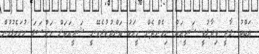
ޢަބްދު ގާޒީ ވިދާޅުވީ ޝަރީއަތް ނިމެންދެން މީހަކު ބަންދުކުރެވޭނީ ޝަރީއަތަށް މައްސަލަ ހުށަހެޅުމުން